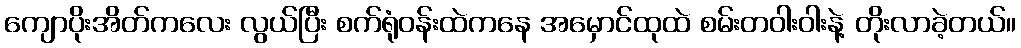
ကျောပိုးအိတ်ကလေး လွယ်ပြီး စက်ရုံဝန်းထဲကနေ အမှောင်ထုထဲ စမ်းတဝါးဝါးနဲ့ တိုးလာခဲ့တယ်။